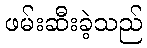
ဖမ်းဆီးခဲ့သည်